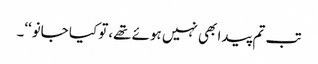
تب تم پیدا بھی نہیں ہوئے تھے،تو کیا جانو‘‘۔